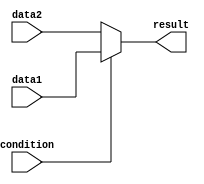
module if_else_ternary (
    input wire condition,
    input wire [3:0] data1,
    input wire [3:0] data2,
    output reg [3:0] result
);

always @(*) begin
    result = condition ? data1 : data2;
end

endmodule